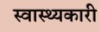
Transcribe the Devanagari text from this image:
स्वास्थ्यकारी